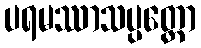
ပရမဿာသပ္ပတ္တော